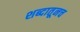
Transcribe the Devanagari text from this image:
शब्दातूनच